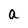
Character: a